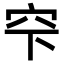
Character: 𥤲